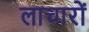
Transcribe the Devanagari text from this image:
लाचारों